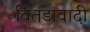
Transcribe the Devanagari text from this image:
वितंडावादी